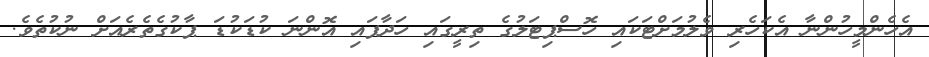
އެހެންމީހުންނާ އެކަހެރި ވެލުމަށްޓަކައި ހޮސްޕިޓަލުގެ ތިރީގައި ހަދާފައި އޮންނަ ކުޑަކުޑަ ޕާކުގެތެރެއަށް ނުކުތެވެ.